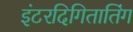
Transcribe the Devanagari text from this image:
इंटरदिगितातिंग